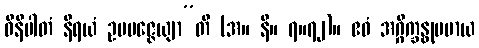
ဝိနိပါတံ နိရယံ ဥပပဇ္ဇေယျာ”တိ (အ။ နိ။ ၇။၇၂)။ ဧဝံ အဂ္ဂိက္ခန္ဓုပမာယ